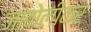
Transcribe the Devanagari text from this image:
जांबोलीकर